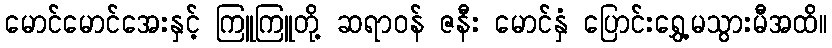
မောင်မောင်အေးနှင့် ကြူကြူတို့ ဆရာဝန် ဇနီး မောင်နှံ ပြောင်းရွှေ့မသွားမီအထိ။